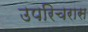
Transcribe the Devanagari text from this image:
उपरिचरास